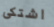
اشتكى